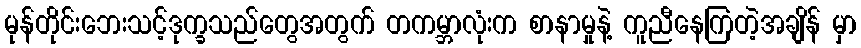
မုန်တိုင်းဘေးသင့်ဒုက္ခသည်တွေအတွက် တကမ္ဘာလုံးက စာနာမှုနဲ့ ကူညီနေကြတဲ့အချိန် မှာ